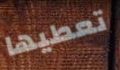
تعطيها